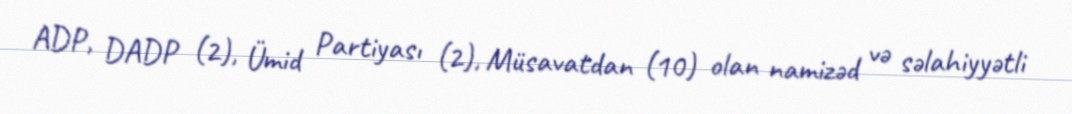
ADP, DADP (2), Ümid Partiyası (2), Müsavatdan (10) olan namizəd və səlahiyyətli